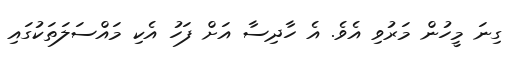
ގިނަ މީހުން މަރުވި އެވެ. އެ ހާދިސާ އަށް ފަހު އެކި މައްސަލަތަކުގައި